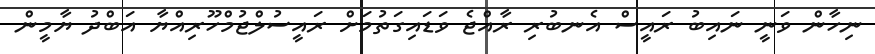
ނިހާން ވަނީ ނައިބު ރައީސް އެނބުރި ރާއްޖެ ވަޑައިގަތުމަށް ރައީސުލްޖުމްހޫރިއްޔާ އަބްދު ޔާމީން